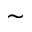
\sim